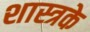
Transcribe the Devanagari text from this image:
शास्त्रके